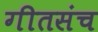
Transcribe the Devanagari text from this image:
गीतसंच